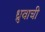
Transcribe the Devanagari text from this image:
ध्रुवाची